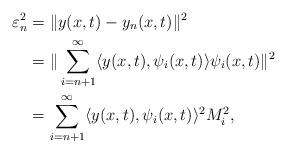
LaTeX: \begin{align*}\varepsilon _n^2&=\Vert y(x,t)-y_n(x,t)\Vert ^2 \\&=\Vert\sum _{i=n+1}^{\infty}\langle y(x,t),\psi _i(x,t)\rangle\psi _i(x,t)\Vert ^2\\&=\sum _{i=n+1}^{\infty}\langle y(x,t),\psi _i(x,t)\rangle ^2M^2_i ,\end{align*}